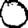
Digit: 0